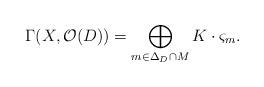
LaTeX: \begin{align*} \Gamma(X,\mathcal{O}(D))=\displaystyle\bigoplus_{ m\in\Delta_{D}\cap M}K \cdot \varsigma_{m}\mbox{.}\end{align*}